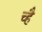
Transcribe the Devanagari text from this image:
च्है